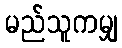
မည်သူကမျှ